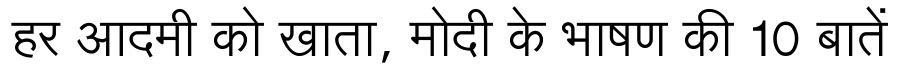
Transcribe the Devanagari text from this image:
हर आदमी को खाता, मोदी के भाषण की 10 बातें